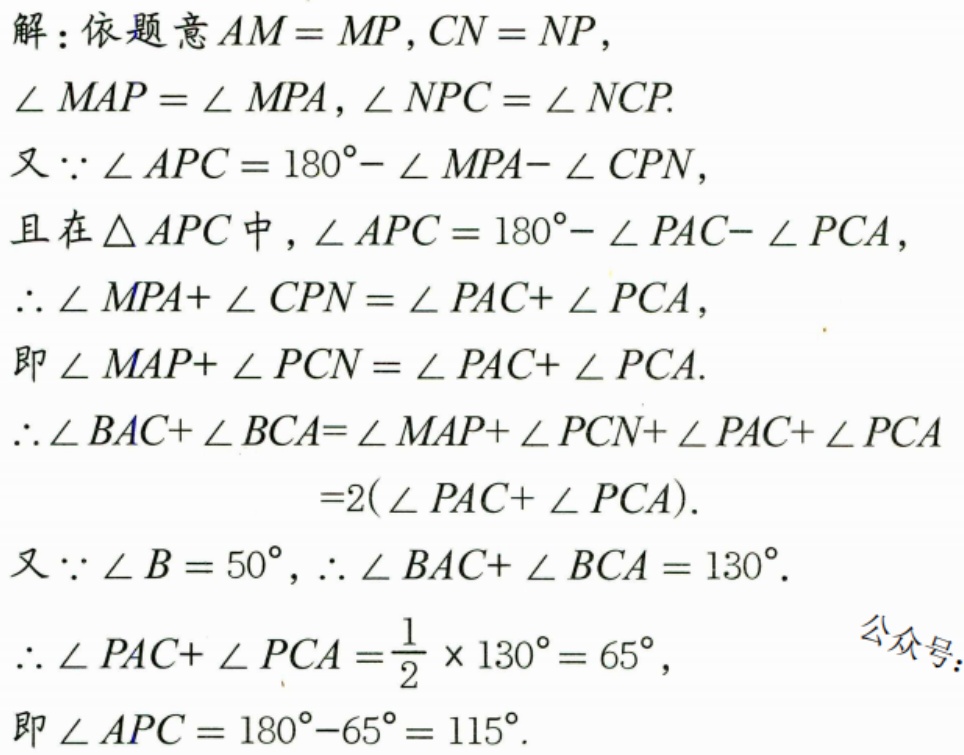
解：依题意\(AM = MP,CN = NP\)，
\(\angle MAP=\angle MPA,\angle NPC=\angle NCP\).
又\(\because\angle APC = 180^{\circ}-\angle MPA-\angle CPN\)，
且在\(\triangle APC\)中，\(\angle APC = 180^{\circ}-\angle PAC-\angle PCA\)，
\(\therefore\angle MPA+\angle CPN=\angle PAC+\angle PCA\)，
即\(\angle MAP+\angle PCN=\angle PAC+\angle PCA\).
\(\therefore\angle BAC+\angle BCA=\angle MAP+\angle PCN+\angle PAC+\angle PCA\)
\(=2(\angle PAC+\angle PCA)\).
又\(\because\angle B = 50^{\circ}\)，\(\therefore\angle BAC+\angle BCA = 130^{\circ}\).
\(\therefore\angle PAC+\angle PCA=\dfrac{1}{2}\times130^{\circ}= 65^{\circ}\)，
即\(\angle APC = 180^{\circ}-65^{\circ}=115^{\circ}\).